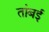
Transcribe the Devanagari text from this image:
तांबई